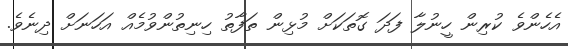
އެހެންވެ ކުރިން ހީނުލާ ފަދަ ގޮތަކަށް މުޅިން ތަފާތު ހިނިތުންވުމެއް އަހަނަށް ދިނެވެ.